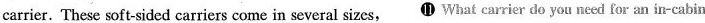
carrier. These soft-sided carriers come in several sizes, ⓫What carrier do you need for an in-cabin